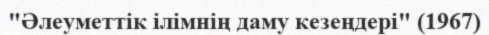
"Әлеуметтік ілімнің даму кезеңдері" (1967)